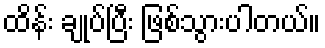
ထိန်း ချုပ်ပြီး ဖြစ်သွားပါတယ်။